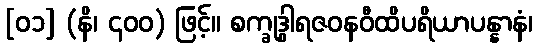
[၀၁] (နိ၊ ၄၀၀) ဖြင့်။ စက္ခုဒွါရဇဝနဝီထိပရိယာပန္နာနံ၊